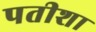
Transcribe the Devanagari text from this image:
पतीशा